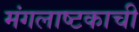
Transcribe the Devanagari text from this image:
मंगलाष्टकाची